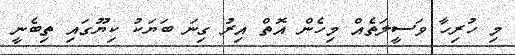
މި ހުރިހާ ވަސީލަތެއް މިހެން އޮތް އިރު ގިނަ ބަޔަކު ކިޔޫގައި ތިބެނީ